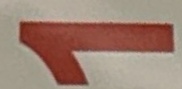
1